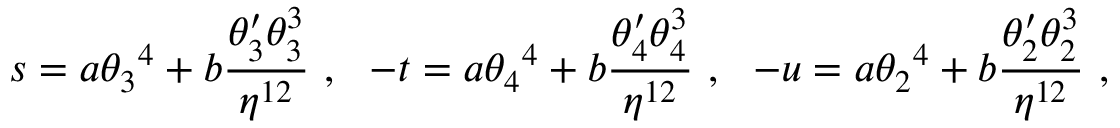
s = a { \theta _ { 3 } } ^ { 4 } + b { \frac { \theta _ { 3 } ^ { \prime } \theta _ { 3 } ^ { 3 } } { \eta ^ { 1 2 } } } \ , \ \ - t = a { \theta _ { 4 } } ^ { 4 } + b { \frac { \theta _ { 4 } ^ { \prime } \theta _ { 4 } ^ { 3 } } { \eta ^ { 1 2 } } } \ , \ \ - u = a { \theta _ { 2 } } ^ { 4 } + b { \frac { \theta _ { 2 } ^ { \prime } \theta _ { 2 } ^ { 3 } } { \eta ^ { 1 2 } } } \ ,